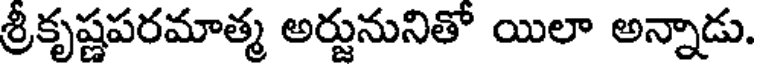
శ్రీకృష్ణపరమాత్మ అర్జునునితో యిలా అన్నాడు.